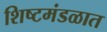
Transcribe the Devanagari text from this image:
शिष्टमंडळात